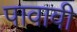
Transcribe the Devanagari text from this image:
पावावी